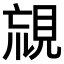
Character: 𧠰